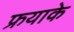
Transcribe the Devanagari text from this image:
फ्रयाके